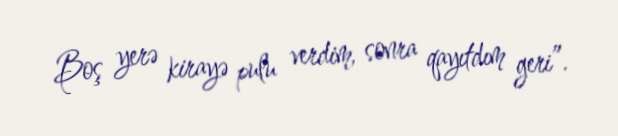
Boş yerə kirayə pulu verdim, sonra qayıtdım geri”.